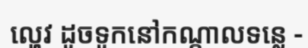
ល្ហេវ ដូចទូកនៅកណ្តាលទន្លេ -